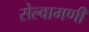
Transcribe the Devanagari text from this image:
सेल्वामणी